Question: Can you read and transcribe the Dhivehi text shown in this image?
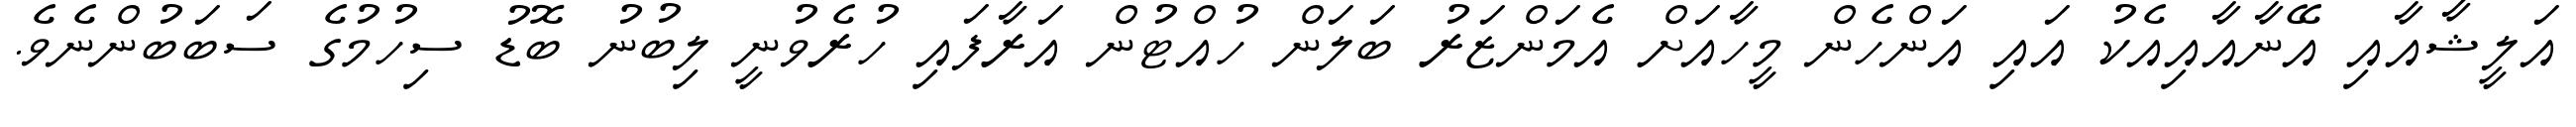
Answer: އަލީޝާއާއި އޭނާއާއިއެކު އައި އަންހެން މީހާއަށް އެމަންޒަރު ބަލަން ހުއްޓުން އަރާފައި ހުރެވުނީ ލިބުނު ބޮޑު ސިހުމުގެ ސަބަބުންނެވެ.